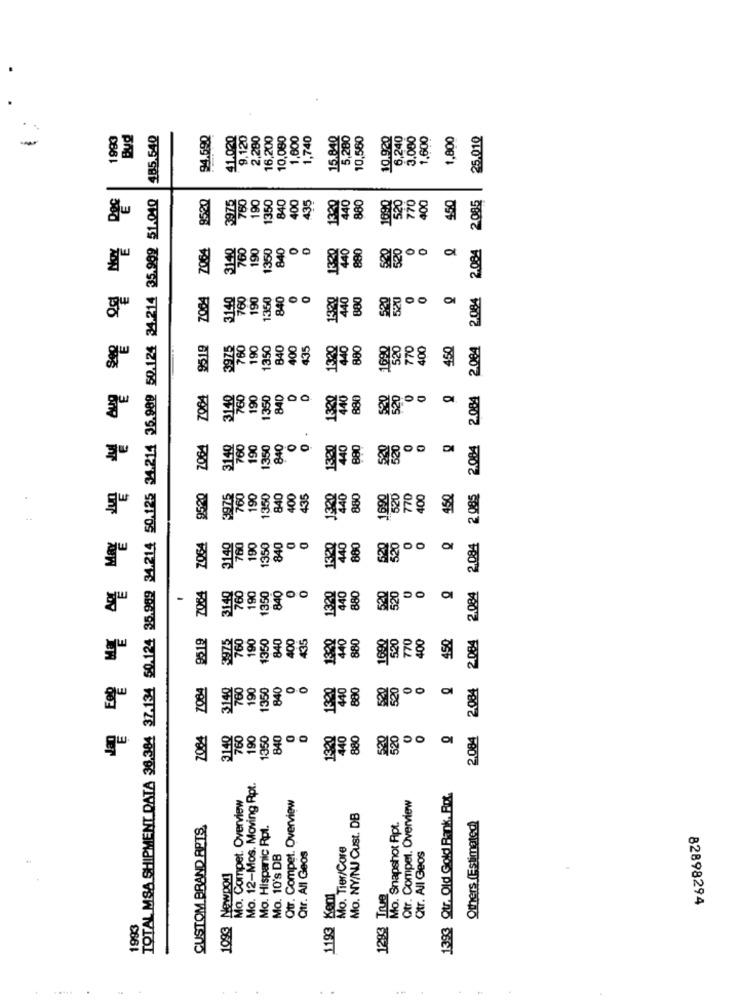
1993
Bud
485.540
94.590
41.020
9.120
2,280
16,200
10,080
1,000
1,740
15 840
10,560
10.920
6,240
3,000
1,600
1,800
25.010
-
TOTAL MSA SHIPMENT DATA 36.384 37-134 50.124 35.989 34.214 50.125 34.214 36.989 50.124 34.214 35.902 51.040
9520
750
190
1350
840
400
435
440
880
1090
770
400
450
2.085
3975
13.20
7064
760
190
840
0
880
0
2.084 2.084
1350
00
3140
760
190
1350
840
880
520
520
0
2.084
9519
3975
760
190
1350
840
400
435
1320
880
1690
520
770
400
450
2.084
3140
190
1350
840
D
1820
880
0 .
2.084 2.084 2 085 2.084
3140
760
190
1350
840
890
520
520
0
00
9520
3975
760
190
1350
840
400
435
130
880
1690
520
770
400
150
0
880
0
0
7084
3140
760
190
350
840
520
00 1
7064
520
520
0
31.40
760
190
1350
840
1320
880
-
9519
760
190
1350
840
400
435
1320
440
880
1690
520
770
400
450
2.084 2.084
7084
190
1350
840
0
1820
880
0
0
0
2.084
70.84
760
190
1350
840
0
0
40
880
520
520
0
Mo. 12-Mos. Moving Rpt.
Mo. Compet. Overview
Qtr. Compet. Overview
Qtr. Compel. Overview
1393 Qtr. Old Gold Bank, Rot.
Mo. NY/NJ Cust. DB
CUSTOM BRAND APTS
Mo. Hispanic Rpt.
Mo. Snapshot Apt.
Others (Estimated)
Mo. Tier/Core
Qtr. All Geos
Mo. 10's DB
Qtr. All Geos
1093 Newpor
1293 True
82898294
1993
1193